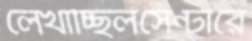
লেখাচ্ছিলসেন্টারে